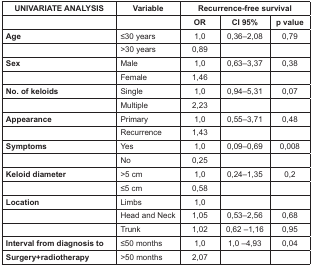
| UNIVARIATE ANALYSIS | Variable | <COLSPAN=3> Recurrence-free survival |
 |  |  | OR | CI 95% | p value |
 | --- | --- | --- | --- | --- |
 | Age | ≤30 years | 1,0 | 0,36–2,08 | 0,79 |
 |  | >30 years | 0,89 |  |  |
 | Sex | Male | 1,0 | 0,63–3,37 | 0,38 |
 |  | Female | 1,46 |  |  |
 | No. of keloids | Single | 1,0 | 0,94–5,31 | 0,07 |
 |  | Multiple | 2,23 |  |  |
 | Appearance | Primary | 1,0 | 0,55–3,71 | 0,48 |
 |  | Recurrence | 1,43 |  |  |
 | Symptoms | Yes | 1,0 | 0,09–0,69 | 0,008 |
 |  | No | 0,25 |  |  |
 | Keloid diameter | >5 cm | 1,0 | 0,24–1,35 | 0,2 |
 |  | ≤5 cm | 0,58 |  |  |
 | Location | Limbs | 1,0 |  |  |
 |  | Head and Neck | 1,05 | 0,53–2,56 | 0,68 |
 |  | Trunk | 1,02 | 0,62 –1,16 | 0,95 |
 | Interval from diagnosis to | ≤50 months | 1,0 | 1,0 –4,93 | 0,04 |
 | Surgery+radiotherapy | >50 months | 2,07 |  |  |